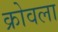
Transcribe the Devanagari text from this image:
क्रोवला